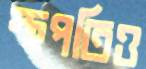
স্থপতিও